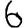
Digit: 6